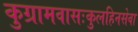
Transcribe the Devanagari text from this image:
कुग्रामवासःकुलहिनसेवा